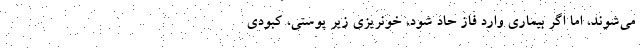
می‌شوند، اما اگر بیماری وارد فاز حاد شود، خونریزی زیر پوستی، کبودی